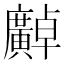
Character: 𫸍